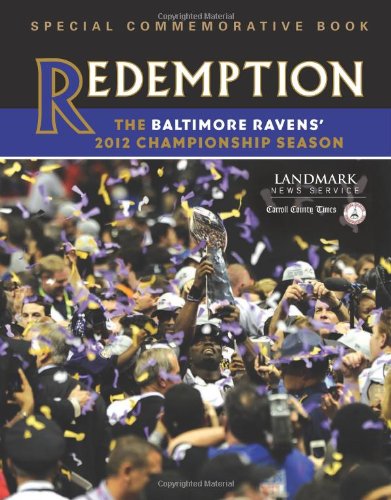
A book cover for Redemption: The Baltimore Ravens' 2012 Championship Season; Landmark News Service; Travel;